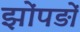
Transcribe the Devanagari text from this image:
झोंपड़ों